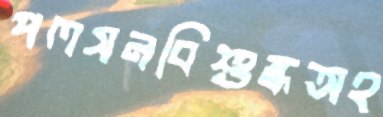
পলসনবিশুষ্কঅহ